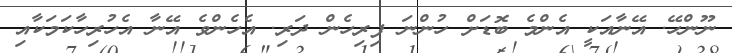
ނޫންހޭ. އޭނާއަކީ އެންމެ ބޮޑަށް ހުންނަ ފިރިހެން ދަރި. އެހެންވެ އޭނާ އެހުރިހާކަމަކާއި